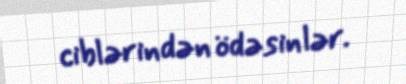
ciblərindən ödəsinlər.